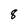
Character: 8